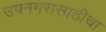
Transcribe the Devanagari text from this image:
उपनगरासाठीचा